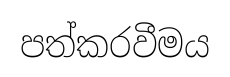
පත්කරවීමය